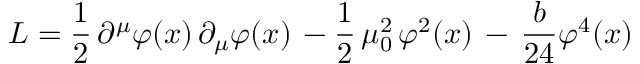
{ \cal L } = { \frac { 1 } { 2 } } \, \partial ^ { \mu } \varphi ( x ) \, \partial _ { \mu } \varphi ( x ) \, - { \frac { 1 } { 2 } } \, \mu _ { 0 } ^ { 2 } \, \varphi ^ { 2 } ( x ) \, - \, { \frac { b } { 2 4 } } \varphi ^ { 4 } ( x )